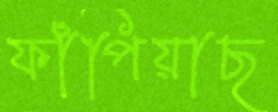
ফাঁপিয়াছ